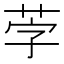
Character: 茡